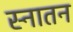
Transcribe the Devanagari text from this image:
स्नातन